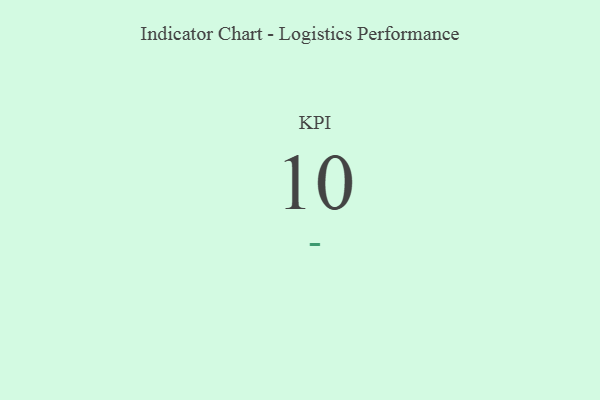
{"axis": {"x": "KPI", "y": "Value"}, "legend": [""], "data": [{"x": "KPI", "y": 10, "type": ""}]}